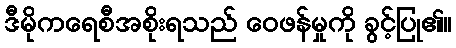
ဒီမိုကရေစီအစိုးရသည် ဝေဖန်မှုကို ခွင့်ပြု၏။